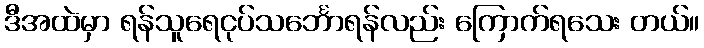
ဒီအထဲမှာ ရန်သူရေငုပ်သင်္ဘောရန်လည်း ကြောက်ရသေး တယ်။